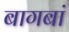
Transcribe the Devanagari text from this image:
बागबां